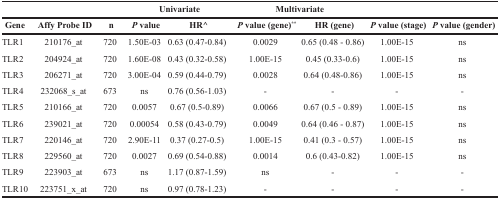
|  |  |  | <COLSPAN=2> Univariate | <COLSPAN=2> Multivariate |  |  |
 | Gene | Affy Probe ID | n | P value | HR^ | P value (gene)** | HR (gene) | P value (stage) | P value (gender) |
 | --- | --- | --- | --- | --- | --- | --- | --- | --- |
 | TLR1 | 210176_at | 720 | 1.50E-03 | 0.63 (0.47-0.84) | 0.0029 | 0.65 (0.48 - 0.86) | 1.00E-15 | ns |
 | TLR2 | 204924_at | 720 | 1.60E-08 | 0.43 (0.32-0.58) | 1.00E-15 | 0.45 (0.33-0.6) | 1.00E-15 | ns |
 | TLR3 | 206271_at | 720 | 3.00E-04 | 0.59 (0.44-0.79) | 0.0028 | 0.64 (0.48-0.86) | 1.00E-15 | ns |
 | TLR4 | 232068_s_at | 673 | ns | 0.76 (0.56-1.03) | - | - | - | - |
 | TLR5 | 210166_at | 720 | 0.0057 | 0.67 (0.5-0.89) | 0.0066 | 0.67 (0.5 - 0.89) | 1.00E-15 | ns |
 | TLR6 | 239021_at | 720 | 0.00054 | 0.58 (0.43-0.79) | 0.0049 | 0.64 (0.46 - 0.87) | 1.00E-15 | ns |
 | TLR7 | 220146_at | 720 | 2.90E-11 | 0.37 (0.27-0.5) | 1.00E-15 | 0.41 (0.3 - 0.57) | 1.00E-15 | ns |
 | TLR8 | 229560_at | 720 | 0.0027 | 0.69 (0.54-0.88) | 0.0014 | 0.6 (0.43-0.82) | 1.00E-15 | ns |
 | TLR9 | 223903_at | 673 | ns | 1.17 (0.87-1.59) | ns | - | - | - |
 | TLR10 | 223751_x_at | 720 | ns | 0.97 (0.78-1.23) | - | - | - | - |